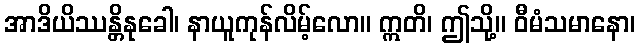
အာဒိယိဿန္တိနုခေါ၊ နာယူကုန်လိမ့်လော။ ဣတိ၊ ဤသို့။ ဝီမံသမာနော၊